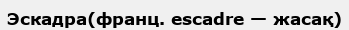
Эскадра(франц. escadre — жасақ)